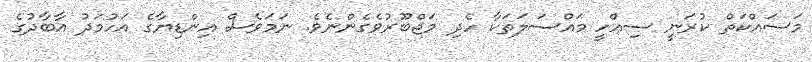
މަސައްކަތް ކުރަނީ ސިއްހީ މައްސަލަތަކާ ހެދި މަޖްބޫރުވެގެންނެވެ. ނަމަވެސް އިންޑިޔާގެ އަހުމަދު އާބާދުގެ